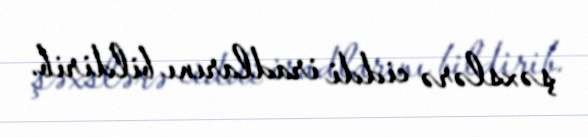
şəxslərə ciddi iradlarını bildirib.